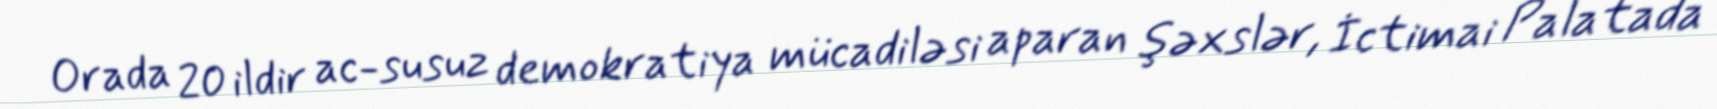
Orada 20 ildir ac-susuz demokratiya mücadiləsi aparan şəxslər, İctimai Palatada